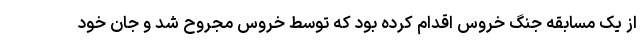
از یک مسابقه جنگ خروس اقدام کرده بود که توسط خروس مجروح شد و جان خود